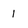
Character: 1